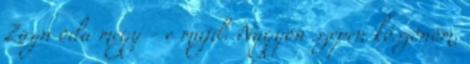
Zayn oda megy - e majd. Nagyon szépen köszönöm,